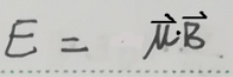
$E = \vec{\mu}\cdot\vec{B}$